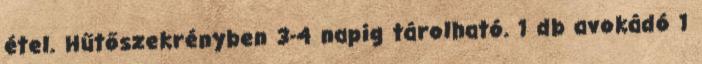
étel. Hűtőszekrényben 3-4 napig tárolható. 1 db avokádó 1